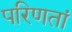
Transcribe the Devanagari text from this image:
परिणतां